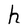
Character: h